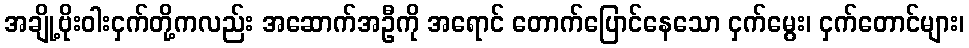
အချို့ဗိုးဝါးငှက်တို့ကလည်း အဆောက်အဦကို အရောင် တောက်ပြောင်နေသော ငှက်မွေး၊ ငှက်တောင်များ၊